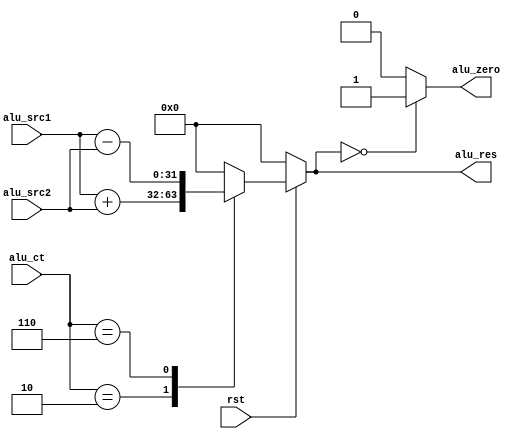
`timescale 1ns / 1ps

module ALU(
    input rst,
    input[3:0] alu_ct,
    input[31:0] alu_src1, alu_src2,
    output alu_zero,
    output reg [31:0] alu_res
    );

    assign alu_zero= (alu_res==0)?1:0;
    
    always@(*)
        if(!rst)
        begin
            alu_res = 32'b0;
        end
        else
        begin
            case(alu_ct)
            // alu_ct  4'b0010 4'b0110 
            4'b0010:
            begin
                alu_res = alu_src1 + alu_src2;
            end
            4'b0110:
            begin
                alu_res = alu_src1 - alu_src2;
            end
            default:
            begin
                alu_res = 32'b0;
            end
        endcase
    end
endmodule